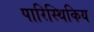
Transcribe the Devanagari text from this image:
पारिस्थिकिय